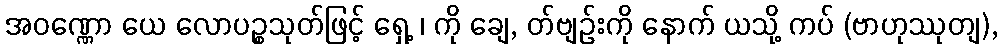
အဝဏ္ဏော ယေ လောပဉ္စသုတ်ဖြင့် ရှေ့ ၊ ကို ချေ, တ်ဗျဉ်းကို နောက် ယသို့ ကပ် (ဗာဟုဿုတျ),